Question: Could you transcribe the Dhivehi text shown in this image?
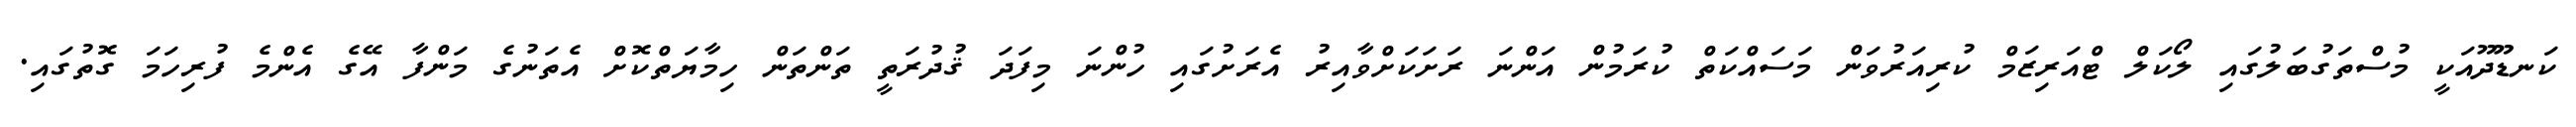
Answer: ކަނޑޫދޫއަކީ މުސްތަގުބަލުގައި ލޯކަލް ޓްއަރިޒަމް ކުރިއަރުވަން މަސައްކަތް ކުރަމުން އަންނަ ރަށަކަށްވާއިރު އެރަށުގައި ހުންނަ މިފަދަ ޤުދުރަތީ ތަންތަން ހިމާޔަތްކޮށް އެތަނުގެ މަންފާ އޭގެ އެންމެ ފުރިހަމަ ގޮތުގައި.